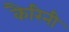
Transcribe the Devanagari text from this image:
कैरिनी